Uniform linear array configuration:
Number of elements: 16
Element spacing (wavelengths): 1
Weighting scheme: kaiser
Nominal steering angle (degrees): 0
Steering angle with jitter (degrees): -0.2789
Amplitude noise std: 0.05
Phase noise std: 0.05

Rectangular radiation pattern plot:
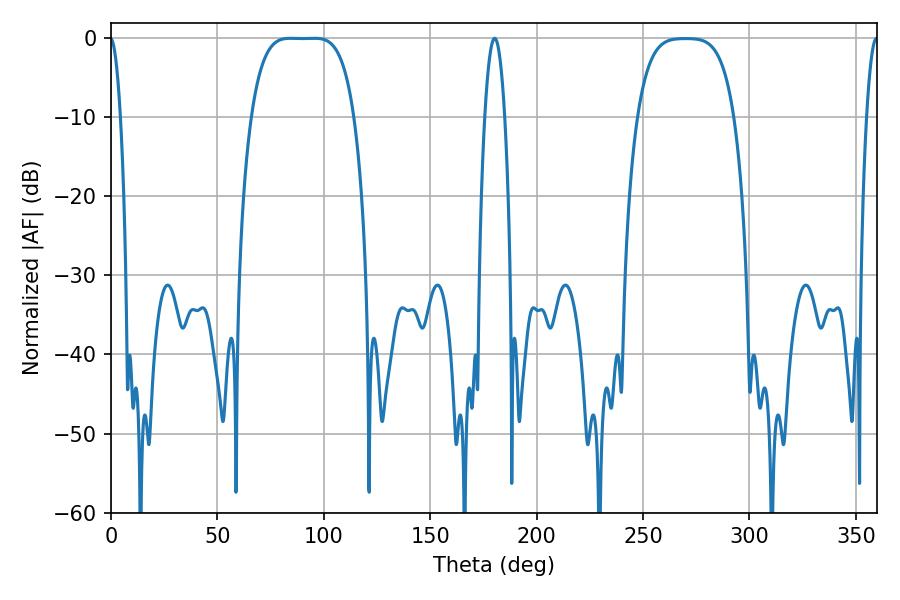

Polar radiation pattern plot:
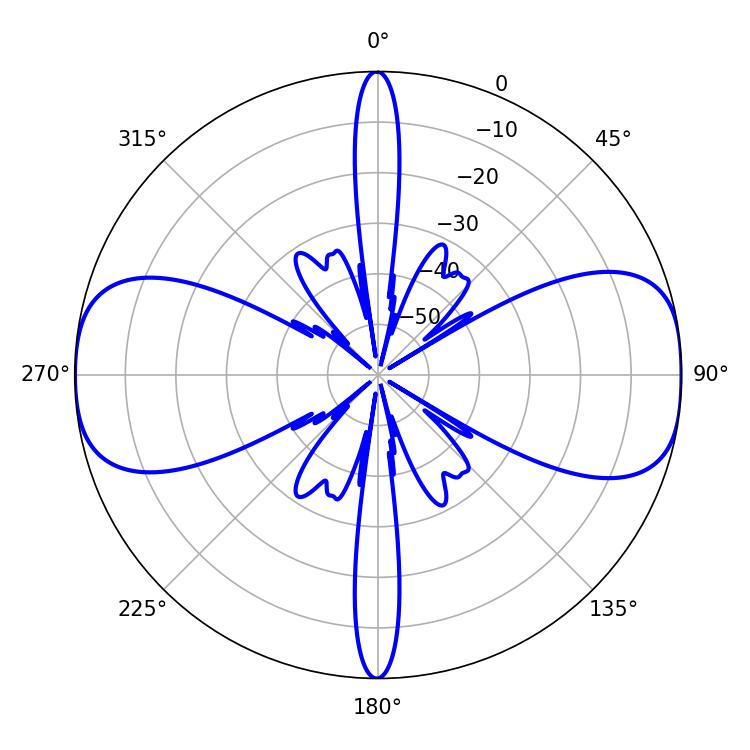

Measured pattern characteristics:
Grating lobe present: TRUE
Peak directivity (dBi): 14.606
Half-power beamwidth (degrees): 36.72
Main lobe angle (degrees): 84.24